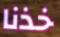
خذنا